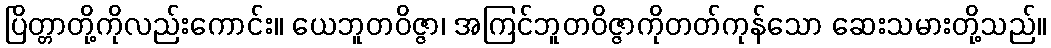
ပြိတ္တာတို့ကိုလည်းကောင်း။ ယေဘူတဝိဇ္ဇာ၊ အကြင်ဘူတဝိဇ္ဇာကိုတတ်ကုန်သော ဆေးသမားတို့သည်။